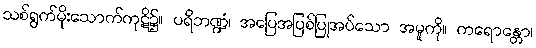
သစ်ရွက်မိုးသောက်ကုဋိ၌။ ပရိဘဏ္ဍံ၊ အပြေအပြစ်ပြုအပ်သော အမူကို။ ကရောန္တော၊